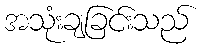
အသုံးချခြင်းသည်